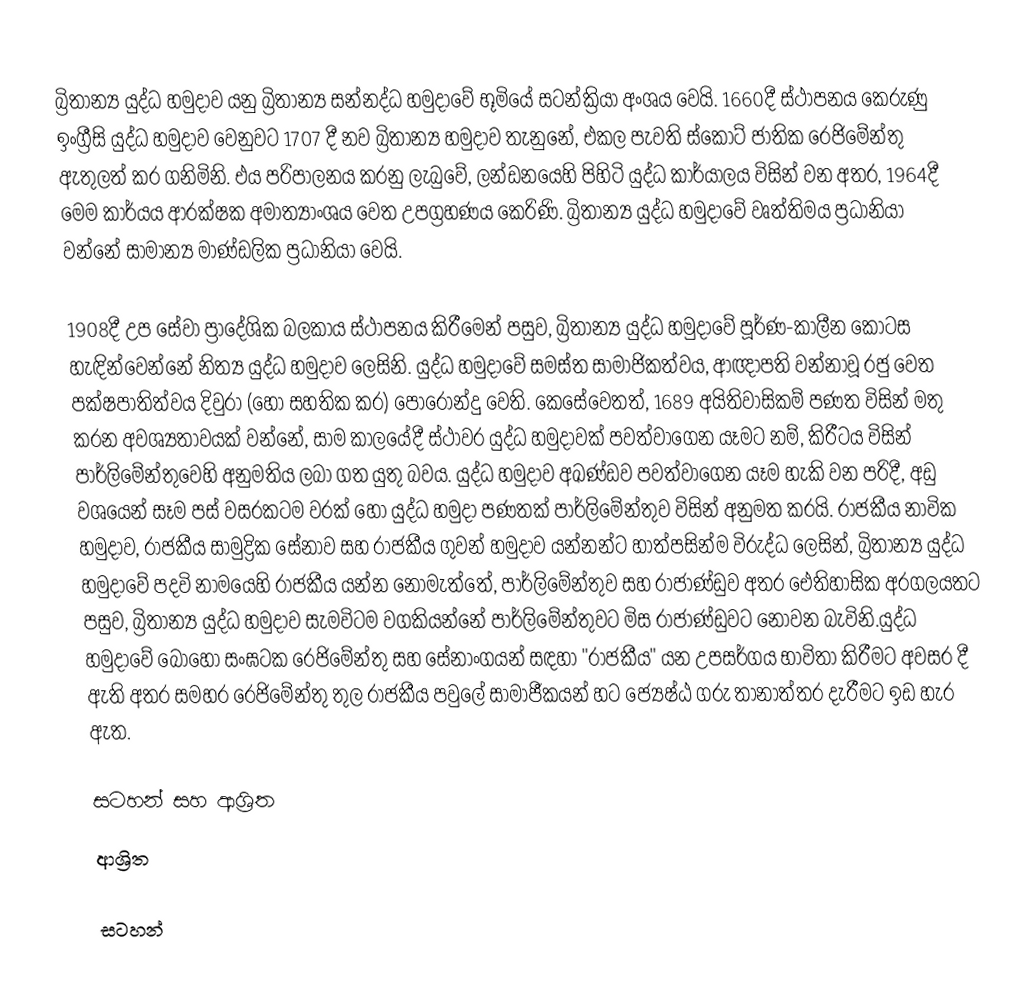
බ්‍රිතාන්‍ය යුද්ධ හමුදාව යනු  බ්‍රිතාන්‍ය සන්නද්ධ හමුදාවේ  භූමියේ සටන්ක්‍රියා අංශය වෙයි. 1660දී  ස්ථාපනය කෙරුණු ඉංග්‍රීසි යුද්ධ හමුදාව වෙනුවට 1707 දී නව බ්‍රිතාන්‍ය හමුදාව තැනුනේ, එකල පැවති ස්කොට් ජාතික රෙජිමේන්තු ඇතුලත් කර ගනිමිනි. එය පරිපාලනය කරනු ලැබුවේ, ලන්ඩනයෙහි පිහිටි යුද්ධ කාර්යාලය විසින් වන අතර, 1964දී මෙම කාර්යය ආරක්ෂක අමාත්‍යාංශය වෙත උපග්‍රහණය කෙරිණි.  බ්‍රිතාන්‍ය යුද්ධ හමුදාවේ වෘත්තිමය ප්‍රධානියා වන්නේ සාමාන්‍ය මාණ්ඩලික ප්‍රධානියා වෙයි.

1908දී උප සේවා  ප්‍රාදේශික බලකාය ස්ථාපනය කිරීමෙන් පසුව, බ්‍රිතාන්‍ය යුද්ධ හමුදාවේ පූර්ණ-කාලීන කොටස හැඳින්වෙන්නේ  නිත්‍ය යුද්ධ හමුදාව ලෙසිනි. යුද්ධ හමුදාවේ සමස්ත සාමාජිකත්වය,  ආඥාපති වන්නාවූ රජු වෙත පක්ෂපාතිත්වය දිවුරා (හෝ සහතික කර) පොරොන්දු වෙති. කෙසේවෙතත්,  1689 අයිතිවාසිකම් පණත විසින් මතු කරන අවශ්‍යතාවයක් වන්නේ, සාම කාලයේදී  ස්ථාවර යුද්ධ හමුදාවක් පවත්වාගෙන යෑමට නම්, කිරීටය විසින් පාර්ලිමේන්තුවෙහි අනුමතිය ලබා ගත යුතු බවය. යුද්ධ හමුදාව අඛණ්ඩව පවත්වාගෙන යෑම හැකි වන පරිදී, අඩු වශයෙන් සෑම පස් වසරකටම වරක් හෝ යුද්ධ හමුදා පණතක් පාර්ලිමේන්තුව විසින් අනුමත කරයි. රාජකීය නාවික හමුදාව, රාජකීය සාමුද්‍රික සේනාව සහ රාජකීය ගුවන් හමුදාව යන්නන්ට හාත්පසින්ම විරුද්ධ ලෙසින්, බ්‍රිතාන්‍ය යුද්ධ හමුදාවේ පදවි නාමයෙහි රාජකීය යන්න නොමැත්තේ, පාර්ලිමේන්තුව සහ රාජාණ්ඩුව අතර ඓතිහාසික අරගලයතට පසුව, බ්‍රිතාන්‍ය යුද්ධ හමුදාව සැමවිටම වගකියන්නේ පාර්ලිමේන්තුවට මිස රාජාණ්ඩුවට නොවන බැවිනි.යුද්ධ හමුදාවේ බොහෝ සංඝටක රෙජිමේන්තු සහ සේනාංගයන් සඳහා  "රාජකීය" යන උපසර්ගය භාවිතා කිරීමට අවසර දී ඇති අතර  සමහර රෙජිමේන්තු තුල  රාජකීය පවුලේ  සාමාජීකයන් හට ජ්‍යෙෂ්ඨ ගරු තානාත්තර දැරීමට ඉඩ හැර ඇත.

සටහන් සහ ආශ්‍රිත
ආශ්‍රිත

සටහන්